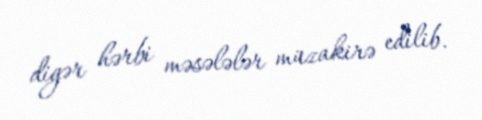
digər hərbi məsələlər müzakirə edilib.